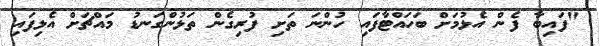
"ފައިބާ ފެން އެޅުމަށް ބަހައްޓާފައި ހުންނަ ތަށި ފުރިގެން ތަޅުންގަނޑު މައްޗަށް އެޅިފައި